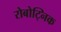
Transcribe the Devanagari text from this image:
रोबोट्निक